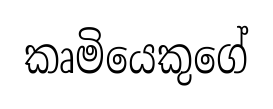
කෘමියෙකුගේ